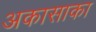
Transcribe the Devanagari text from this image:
अकासाका